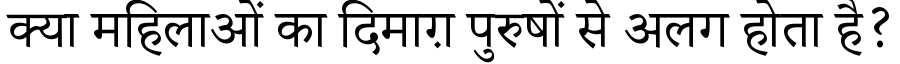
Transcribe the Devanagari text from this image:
क्या महिलाओं का दिमाग़ पुरुषों से अलग होता है?